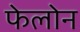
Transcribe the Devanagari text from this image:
फेलोन